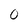
Character: 0